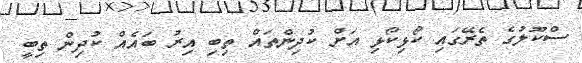
ސްކޫލުގެ ތެރޭގައި ކޯޅިކޯޅި އަށް ކުދިންތައް ތިބި އިރު ބައެއް ކުދިން ތިބީ